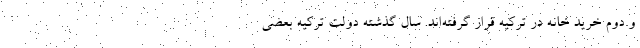
و دوم خرید خانه در ترکیه قرار گرفته‌اند. سال گذشته دولت ترکیه بعضی